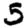
Digit: 5